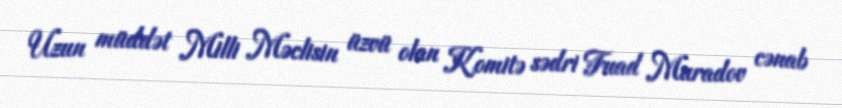
Uzun müddət Milli Məclisin üzvü olan Komitə sədri Fuad Muradov cənab